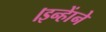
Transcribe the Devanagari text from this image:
।इन्हाेंने